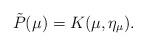
LaTeX: \begin{align*}\tilde{P}(\mu)=K(\mu,\eta_{\mu}).\end{align*}